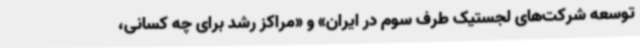
توسعه شرکت‌های لجستیک طرف سوم در ایران» و «مراکز رشد برای چه کسانی،